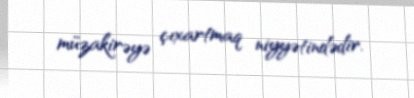
müzakirəyə çıxartmaq niyyətindədir.